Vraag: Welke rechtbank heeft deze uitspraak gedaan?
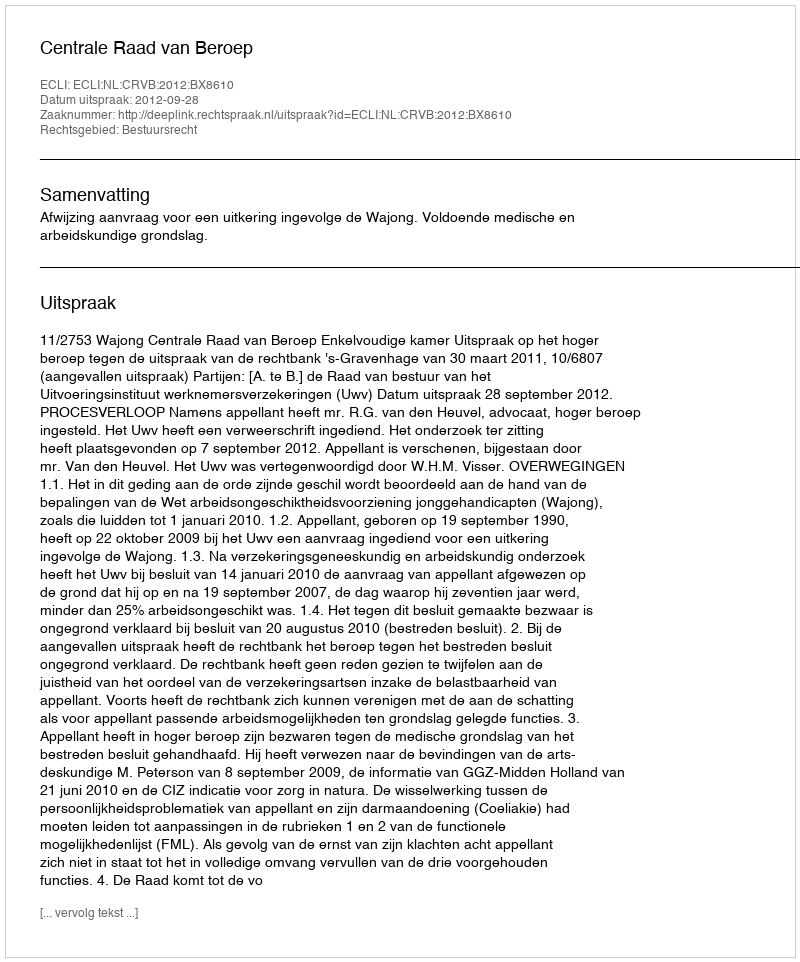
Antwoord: Centrale Raad van Beroep